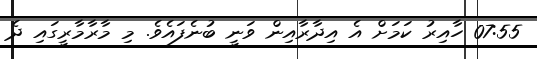
07:55 ހާއިރު ކަމަށް އެ އިދާރާއިން ވަނީ ބުނެފައެވެ. މި މާރާމާރީގައި ދެ